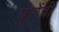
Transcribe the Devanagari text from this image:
युरोंची